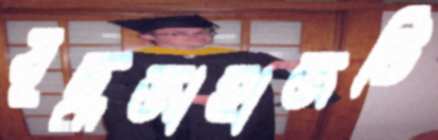
যুদ্ধজাহাজটি